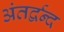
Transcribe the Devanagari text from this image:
अंतर्द्वन्द